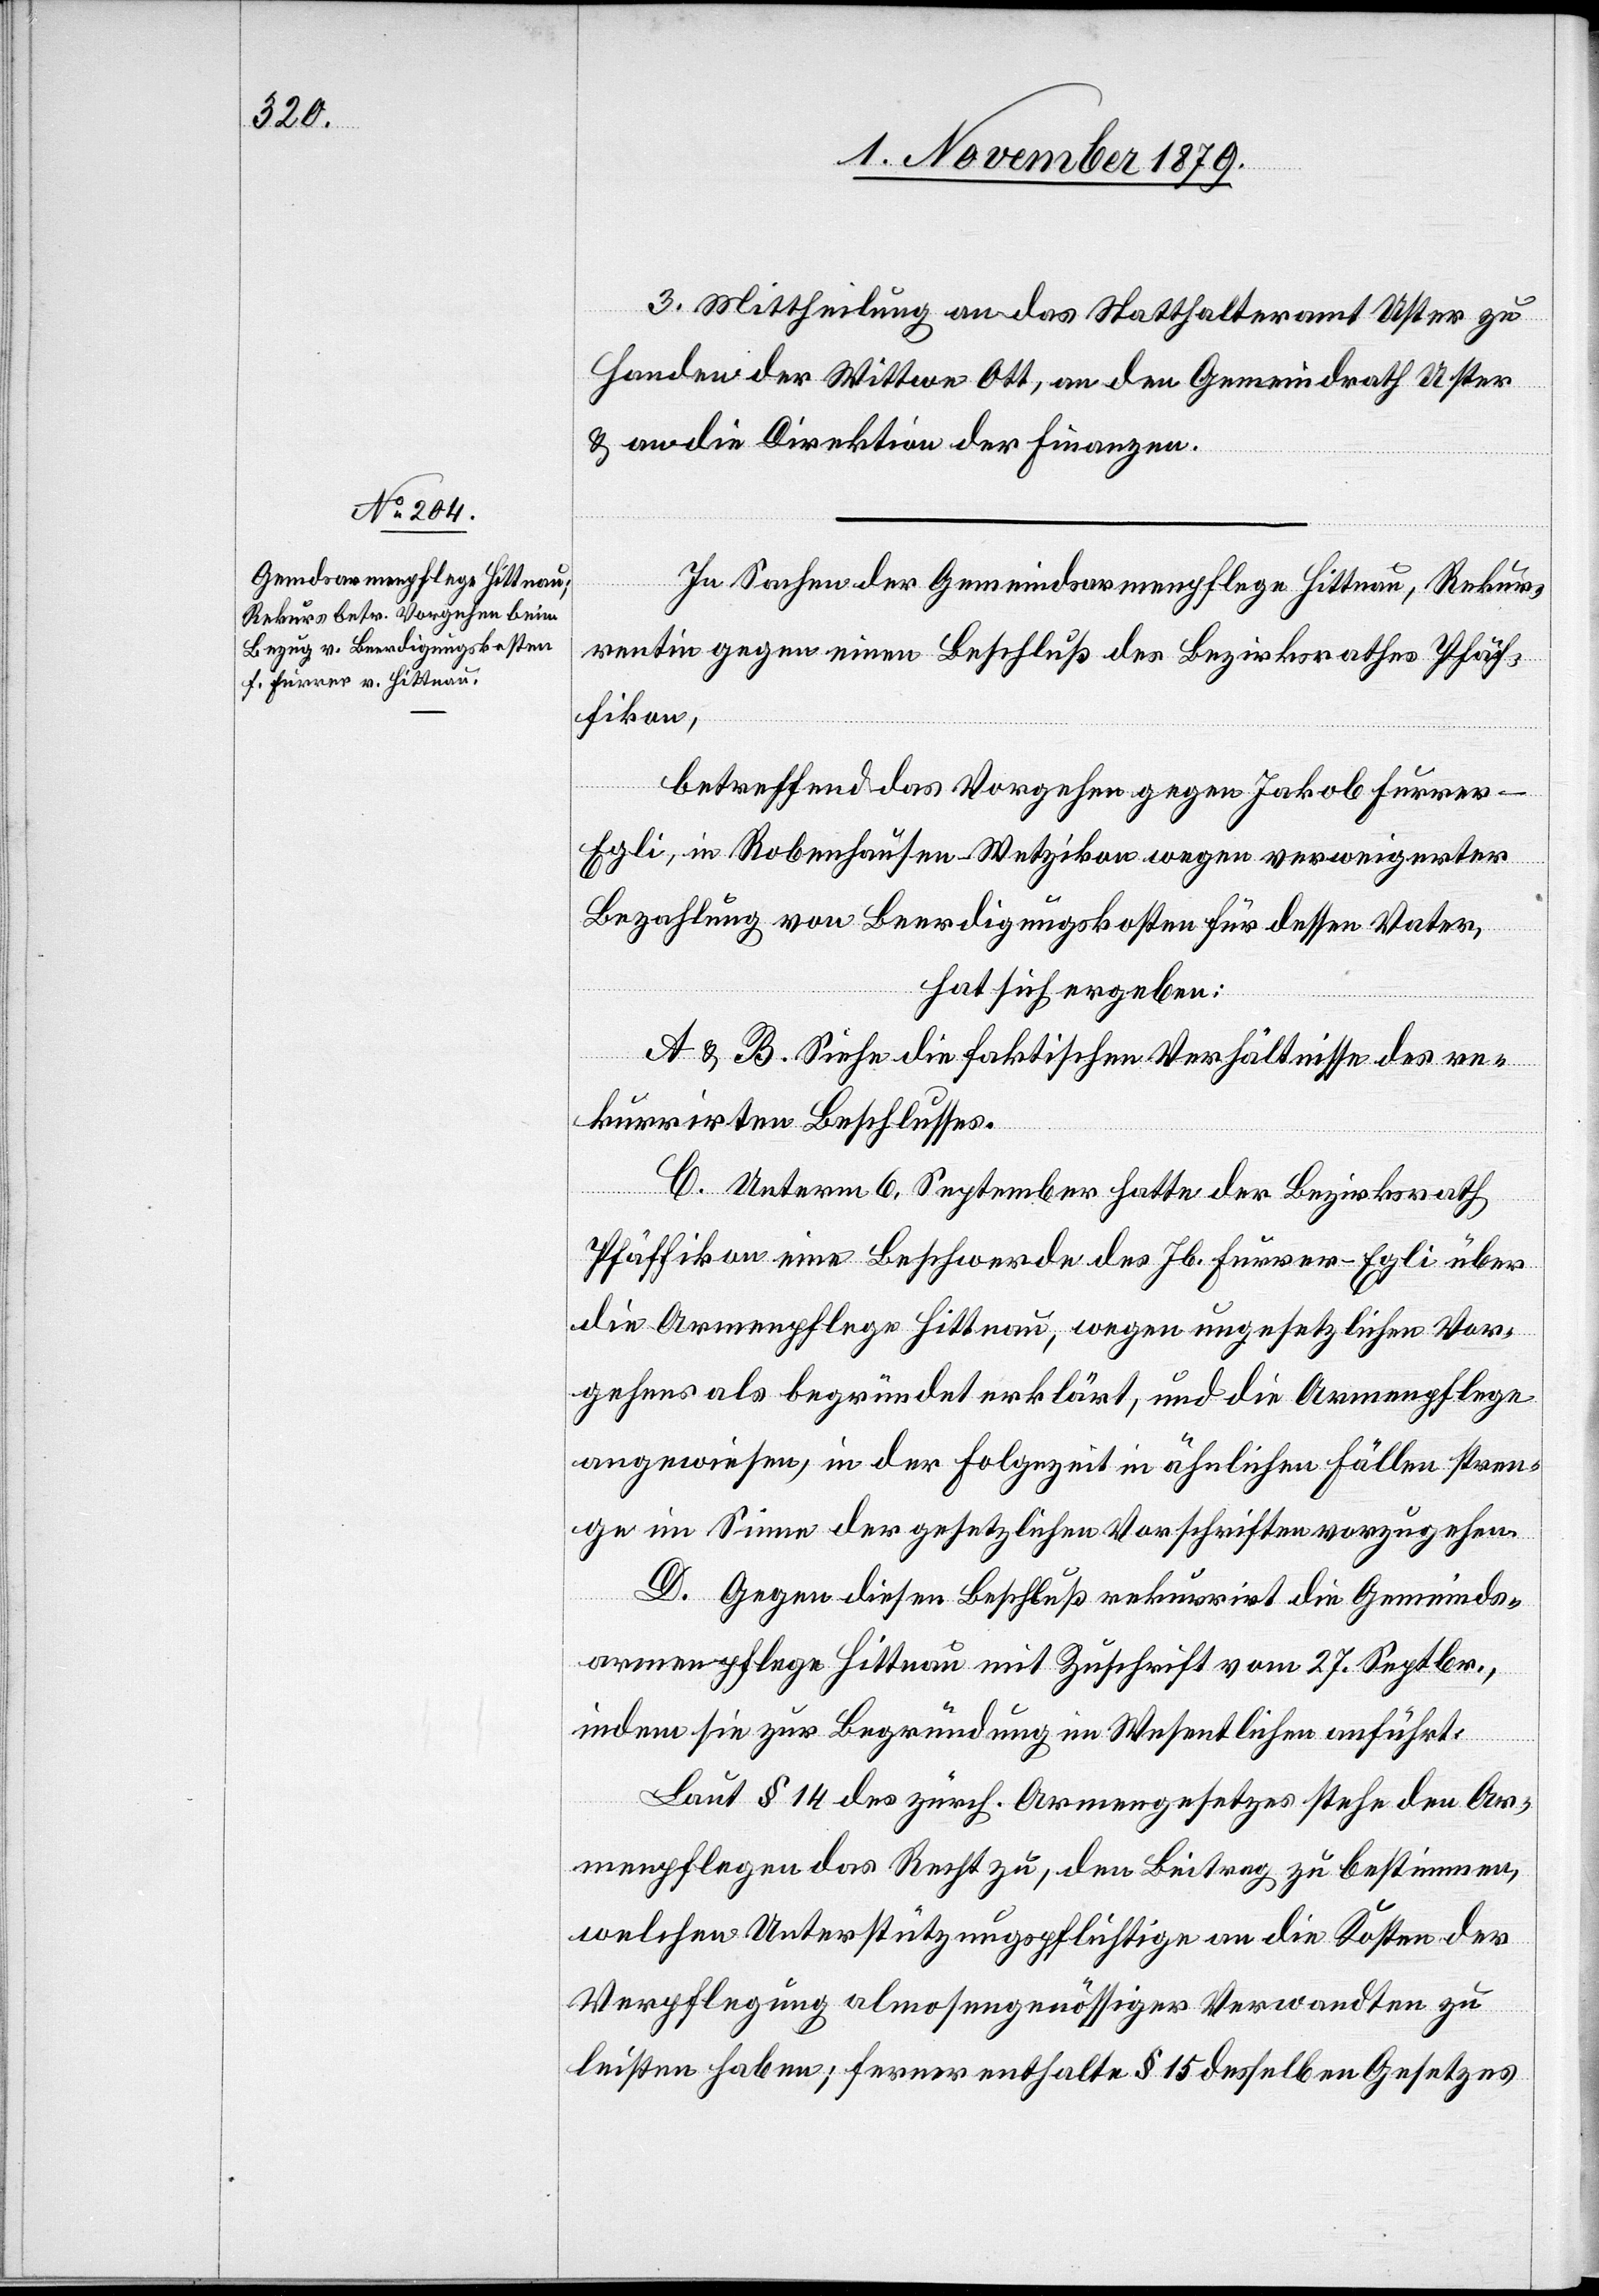
3. Mittheilung an das Statthalteramt Uster zu
Handen der Wittwe Ott, an den Gemeindrath Uster
& an die Direktion der Finanzen.
In Sachen der Gemeindsarmenpflege Hittnau, Rekur¬
rentin gegen einen Beschluß des Bezirksrathes Pfäf¬
fikon,
betreffend das Vorgehen gegen Jakob Furrer-E¬
gli, in Robenhausen - Wetzikon wegen verweigerter
Bezahlung von Beerdigungskosten für dessen Vater,
hat sich ergeben:
A & B. Siehe die faktischen Verhältnisse des re¬
kurrirten Beschlusses.
C. Unterm 6. September hatte der Bezirksrath
Pfäffikon eine Beschwerde des Jb. Furrer-Egli über
die Armenpflege Hittnau, wegen ungesetzlichen Vor¬
gehens als begründet erklärt, und die Armenpflege
angewiesen, in der Folgezeit in ähnlichen Fällen Stren¬
ge im Sinne der gesetzlichen Vorschriften vorzugehen.
D. Gegen diesen Beschluß rekurrirt die Gemeinds¬
armenpflege Hittnau mit Zuschrift vom 27. Septbr.,
indem sie zur Begründung im Wesentlichen anführt:
Laut § 14 des zürch. Armengesetzes stehe den Ar¬
menpflegen das Recht zu, den Beitrag zu bestimmen,
welchen Unterstützungspflichtige an die Kosten der
Verpflegung almosengenössiger Verwandten zu
leisten haben; ferner enthalte § 15 desselben Gesetzes